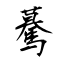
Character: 驀